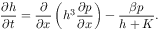
{ \frac { \partial h } { \partial t } } = { \frac { \partial } { \partial x } } \left( h ^ { 3 } { \frac { \partial p } { \partial x } } \right) - \frac { \beta p } { h + K } .